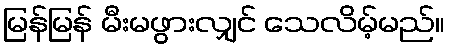
မြန်မြန် မီးမဖွားလျှင် သေလိမ့်မည်။